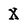
Character: X